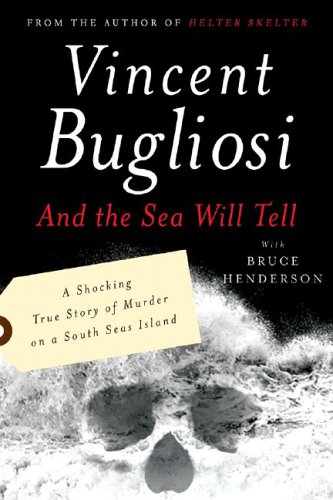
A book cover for And the Sea Will Tell; Vincent Bugliosi; Biographies & Memoirs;